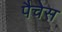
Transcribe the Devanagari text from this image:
पैचेस